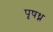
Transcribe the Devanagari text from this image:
पृषध्न